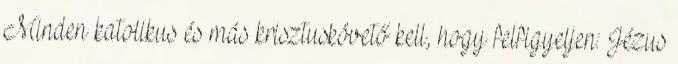
Minden katolikus és más krisztuskövető kell, hogy felfigyeljen: Jézus